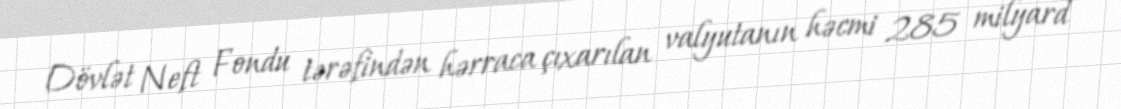
Dövlət Neft Fondu tərəfindən hərraca çıxarılan valyutanın həcmi 285 milyard